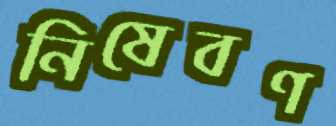
নিষেবণ